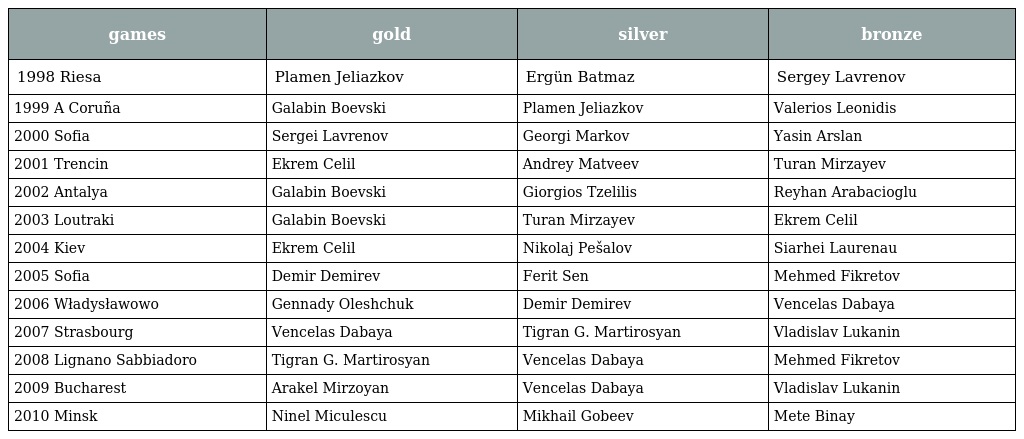
| games | gold | silver | bronze |
 | --- | --- | --- | --- |
 | 1998 Riesa | Plamen Jeliazkov | Ergün Batmaz | Sergey Lavrenov |
 | 1999 A Coruña | Galabin Boevski | Plamen Jeliazkov | Valerios Leonidis |
 | 2000 Sofia | Sergei Lavrenov | Georgi Markov | Yasin Arslan |
 | 2001 Trencin | Ekrem Celil | Andrey Matveev | Turan Mirzayev |
 | 2002 Antalya | Galabin Boevski | Giorgios Tzelilis | Reyhan Arabacioglu |
 | 2003 Loutraki | Galabin Boevski | Turan Mirzayev | Ekrem Celil |
 | 2004 Kiev | Ekrem Celil | Nikolaj Pešalov | Siarhei Laurenau |
 | 2005 Sofia | Demir Demirev | Ferit Sen | Mehmed Fikretov |
 | 2006 Władysławowo | Gennady Oleshchuk | Demir Demirev | Vencelas Dabaya |
 | 2007 Strasbourg | Vencelas Dabaya | Tigran G. Martirosyan | Vladislav Lukanin |
 | 2008 Lignano Sabbiadoro | Tigran G. Martirosyan | Vencelas Dabaya | Mehmed Fikretov |
 | 2009 Bucharest | Arakel Mirzoyan | Vencelas Dabaya | Vladislav Lukanin |
 | 2010 Minsk | Ninel Miculescu | Mikhail Gobeev | Mete Binay |